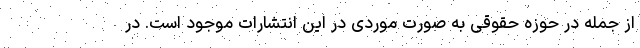
از جمله در حوزه حقوقی به صورت موردی در این انتشارات موجود است. در